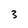
Character: 3